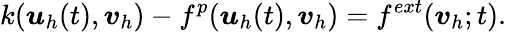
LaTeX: k({\boldsymbol{\mathbf{\mathit{u}}}}_{h}(t),{\boldsymbol{\mathbf{\mathit{v}}}}_{h})-f^{p}({\boldsymbol{\mathbf{\mathit{u}}}}_{h}(t),{\boldsymbol{\mathbf{\mathit{v}}}}_{h})=f^{ext}({\boldsymbol{\mathbf{\mathit{v}}}}_{h};t).